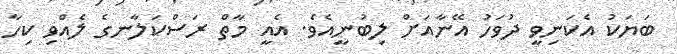
ބަޔަކު އެކަނިވީ ދުވަހު އޭނާއަށް ލިބުނީއެވެ. އެއީ މާތް ރަސްކަލާނގެ ލެއްވި ކިހާ